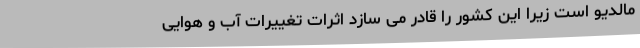
مالدیو است زیرا این کشور را قادر می سازد اثرات تغییرات آب و هوایی